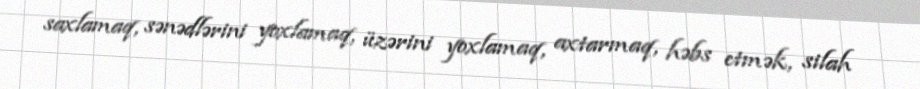
saxlamaq, sənədlərini yoxlamaq, üzərini yoxlamaq, axtarmaq, həbs etmək, silah